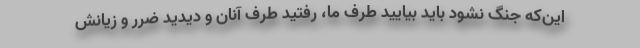
این‌که جنگ نشود باید بیایید طرف ما، رفتید طرف آنان و دیدید ضرر و زیانش